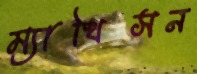
ম্যাথিসন